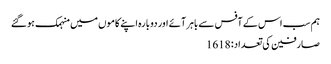
ہم سب اس کے آفس سے باہر آئے اور دوبارہ اپنے کاموں میں منہمک ہوگئے
صارفین کی تعداد: 1618